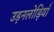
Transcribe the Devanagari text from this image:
उड़नलोड़ियाँ